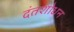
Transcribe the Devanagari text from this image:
दंतशोधन